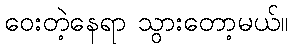
ဝေးတဲ့နေရာ သွားတော့မယ်။